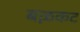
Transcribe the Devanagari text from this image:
बऴकट